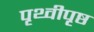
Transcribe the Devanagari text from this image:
पृथ्वीपृष्ठ